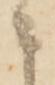
者